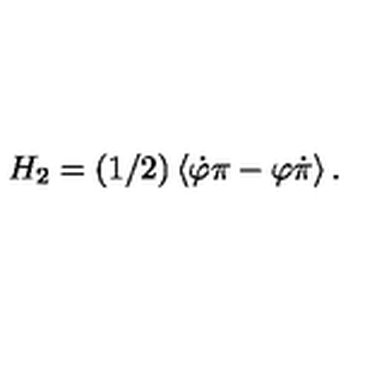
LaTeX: H _ { 2 } = ( 1 / 2 ) \left\langle \dot { \varphi } \pi - \varphi \dot { \pi } \right\rangle .